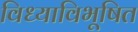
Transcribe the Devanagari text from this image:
विध्याविभूषित